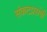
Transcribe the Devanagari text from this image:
संकटप्रसंगी